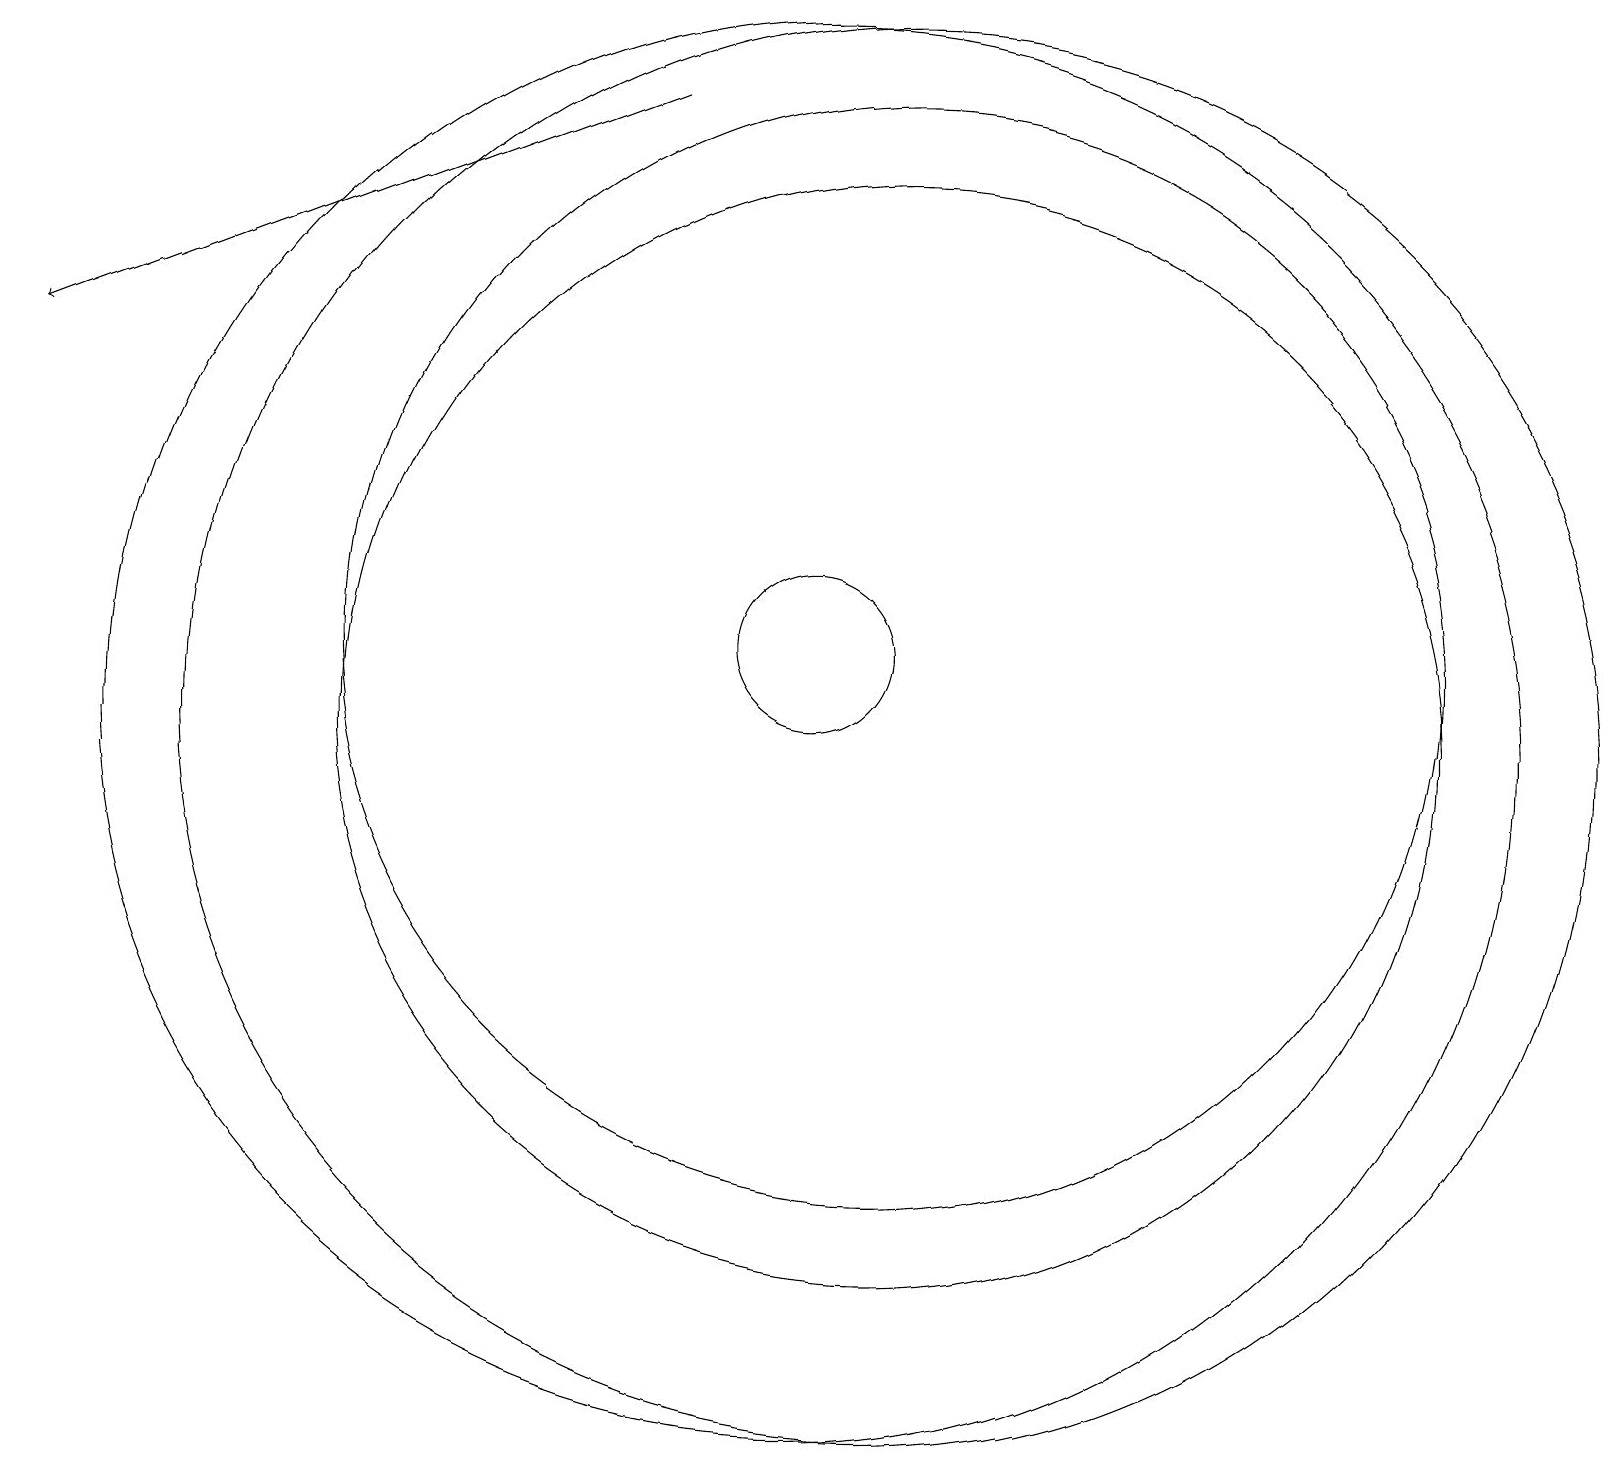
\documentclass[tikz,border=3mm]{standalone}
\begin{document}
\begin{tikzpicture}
\draw (11,10) circle (9);
\draw (11,10) circle (7);
\draw (10,11) circle (1);
\draw (10,10) circle (9);
\draw (10,10) circle (0);
\draw (11,11) circle (7);
\draw[->] (8,18) -- (0,15);
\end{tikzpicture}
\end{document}